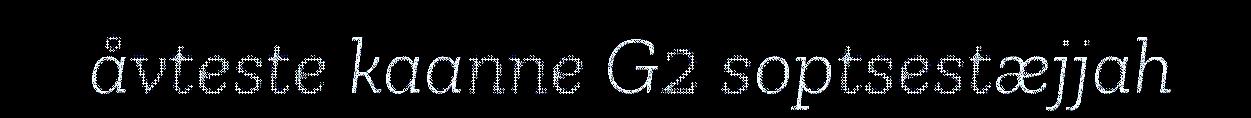
åvteste kaanne G2 soptsestæjjah